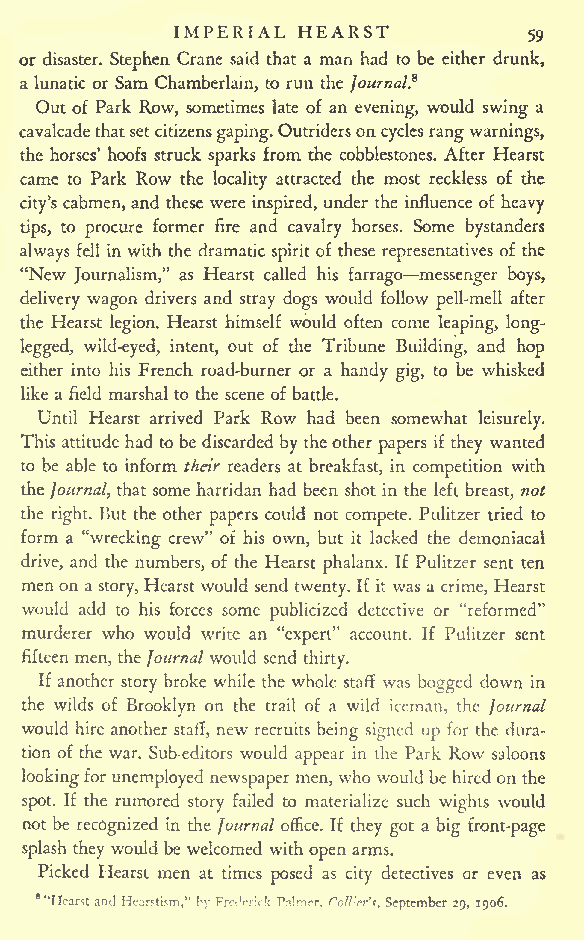
IMPERIAL HEARST
 59
 or disaster. Stephen Crane said that a man had to be either drunk,
 a lunatic or Sam Chamberlain, to run the Journal?
 Out of Park Row, sometimes late of an evening, would swing a
 cavalcadethatsetcitizensgaping.Outriderson
 cyclesrangwarnings,
 the horses' hoofs struck sparks from the cobblestones. After Hearst
 came to Park Row the locality attracted the most reckless of the
 city's cabmen, and these were inspired, under the influence of heavy
 tips, to procure former fire and cavalry horses. Some bystanders
 always fell in with the dramatic spirit of these representatives of the
 "New Journalism," as Hearst called his farrago messenger boys,
 delivery wagon drivers and stray dogs would follow pell-mell after
 the Hearst legion. Hearst himself would often come leaping, long-
 legged, wild-eyed, intent, out of the Tribune Building, and hop
 either into his French road-burner or a handy gig, to be whisked
 like a field marshal to the scene of battle.
 Until Hearst arrived Park Row had been somewhat
 leisurely.
 This attitude had to be discarded by theother papers if they wanted
 to be able to inform their readers at breakfast, in competition with
 the Journal, that some harridan had been shot in the left breast, not
 the right. But the other papers could not compete. Pulitzer tried to
 form a "wrecking crew" of his own, but it lacked the demoniacal
 drive, and the numbers, of the Hearst phalanx. If Pulitzer sent ten
 menon a story, Hearst would send twenty. If it was a crime, Hearst
 would add to his forces some publicized detective or "reformed"
 murderer who would write an "expert" account. If Pulitzer sent
 fifteen men, theJournal would send
 thirty.
 If another story broke while the whole staff was bogged down in
 the wilds of Brooklyn on the trail of a wild iceman, the Journal
 would hire another staff, new recruits being signed up for the dura-
 tion of the war. Sub-editors would appear in the Park Row saloons
 lookingfor unemployed newspaper men, who would be hired on the
 spot. If the rumored story failed to materialize such wights would
 not be recognized in the Journal office. If they got a big front-page
 splash they would be welcomed with open arms.
 Picked Hearst men at times posed as city detectives or even as
 8"Hearstand Hear^tism," hyFroVrirk P?.!nrr. Coll'cr'f,September29, 1906.